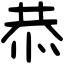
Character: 恭